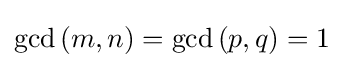
\gcd {(m,n)}=\gcd {(p,q)}=1